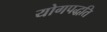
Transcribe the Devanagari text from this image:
योगपद्धति